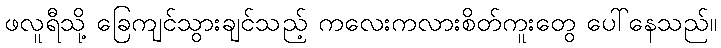
ဖလူရီသို့ ခြေကျင်သွားချင်သည့် ကလေးကလားစိတ်ကူးတွေ ပေါ်နေသည်။